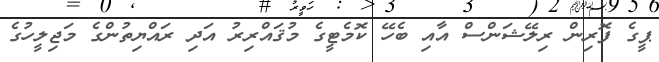
ޕީގެ ފޮރިން ރިލޭޝަންސް އާއި ބެހޭ ކޮމެޓީގެ މުޤައްރިރު އަދި ރައްޔިތުންގެ މަޖިލީހުގެ